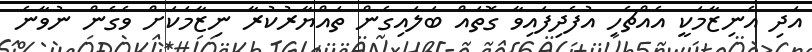
އަދި އެނިޒާމަކީ އެއްޗެހި އުފެދިފައިވާ ގޮތައް ބަލައިގެން ތައްޔާރުކުރާ ނިޒާމަކަށް ވެގެން ނުވާނެ